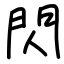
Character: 閃